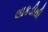
લાકડીથી